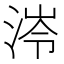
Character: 𭰰